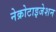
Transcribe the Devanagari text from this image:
नेक्रोटाइजेशन